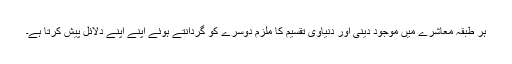
ہر طبقہ معاشرے میں موجود دینی اور دنیاوی تقسیم کا ملزم دوسرے کو گردانتے ہوئے اپنے اپنے دلائل پیش کرتا ہے۔